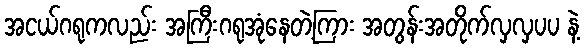
အငယ်ဂရုကလည်း အကြီးဂရုအုံနေတဲ့ကြား အတွန်းအတိုက်လှလှပပ နဲ့